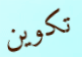
تكوين